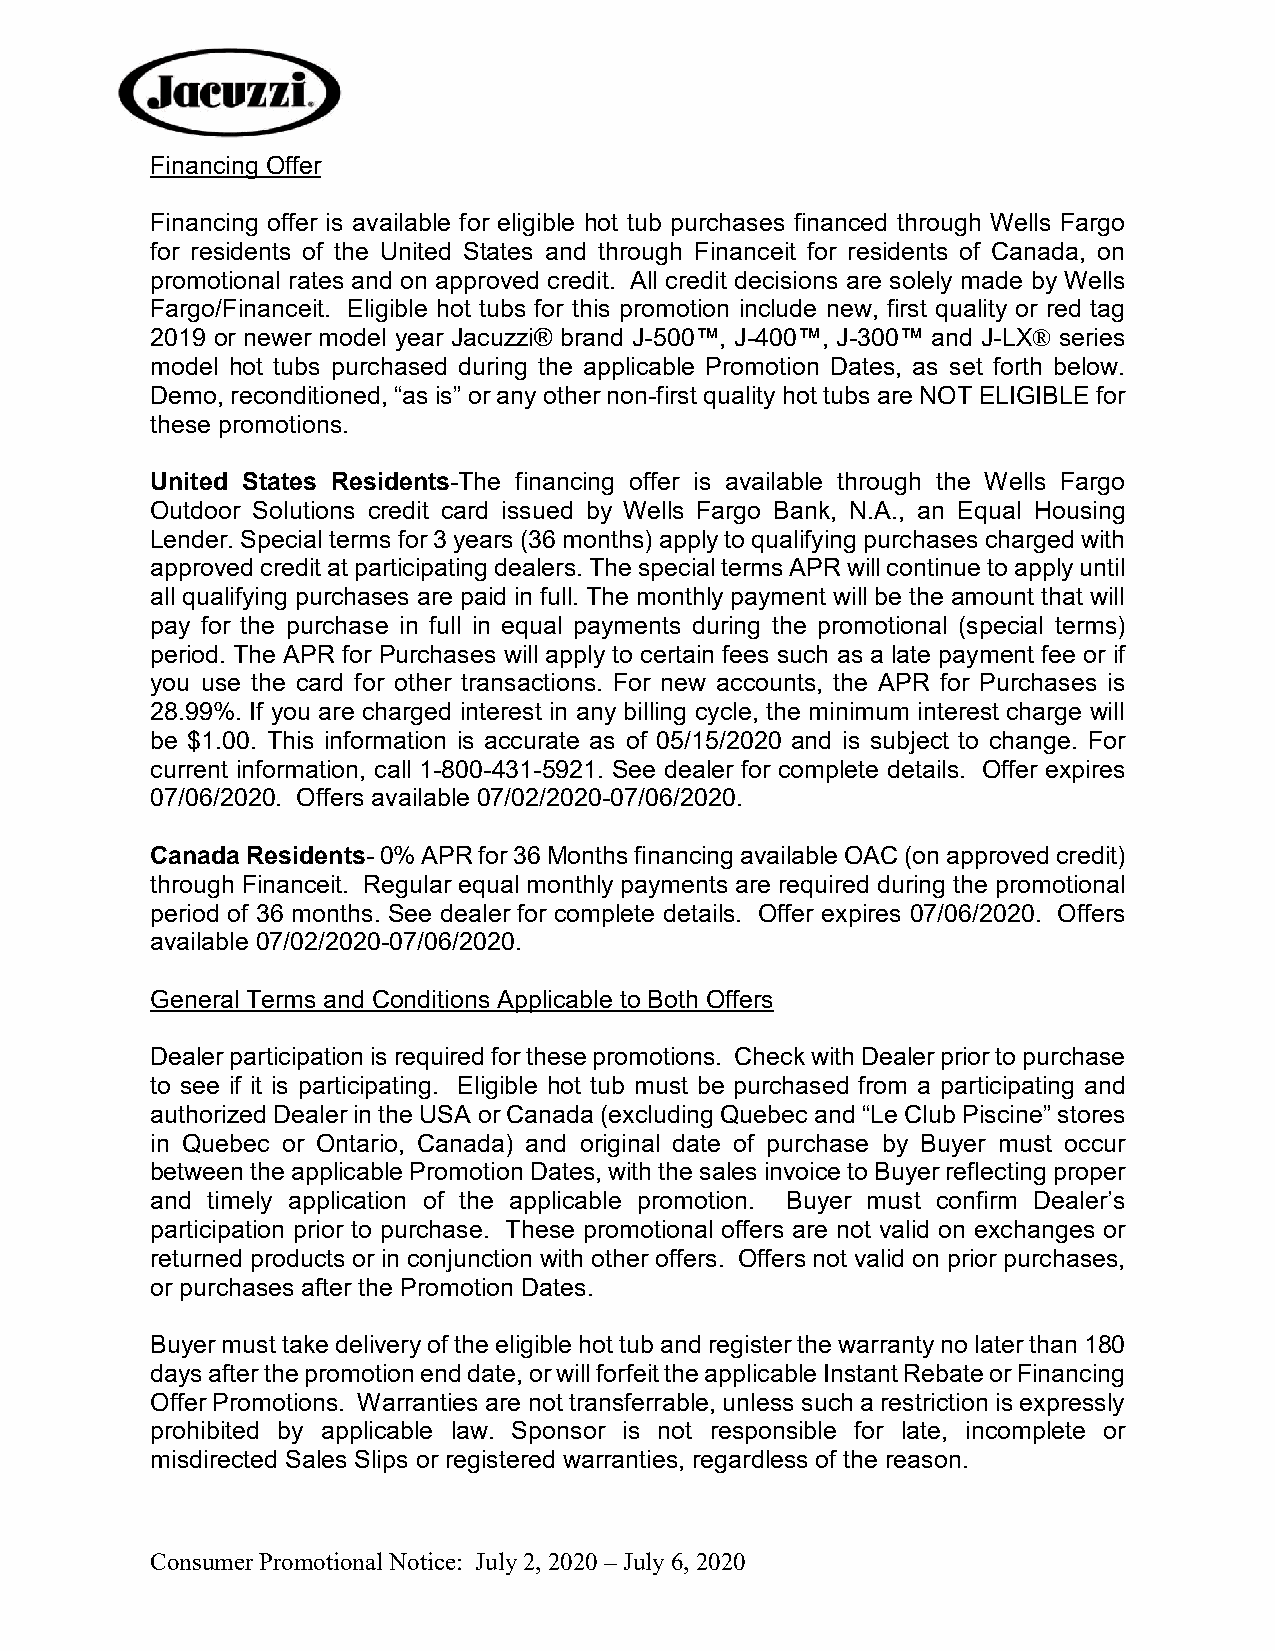
Financing Offer
 Financing offer is available for eligible hot tub purchases financed through Wells Fargo
 for residents of the United States and through Financeit for residents of Canada, on
 promotional rates and on approved credit. All credit decisions are solely made by Wells
 Fargo/Financeit. Eligible hot tubs for this promotion include new, first quality or red tag
 2019 or newer model year Jacuzzi® brand J-500™, J-400™, J-300™ and J-LX® series
 model hot tubs purchased during the applicable Promotion Dates, as set forth below.
 Demo, reconditioned, “as is” or any other non-first quality hot tubs are NOT ELIGIBLE for
 these promotions.
 United States Residents-The financing offer is available through the Wells Fargo
 Outdoor Solutions credit card issued by Wells Fargo Bank, N.A., an Equal Housing
 Lender. Special terms for 3 years (36 months) apply to qualifying purchases charged with
 approved credit at participating dealers. The special terms APR will continue to apply until
 all qualifying purchases are paid in full. The monthly payment will be the amount that will
 pay for the purchase in full in equal payments during the promotional (special terms)
 period. The APR for Purchases will apply to certain fees such as a late payment fee or if
 you use the card for other transactions. For new accounts, the APR for Purchases is
 28.99%. If you are charged interest in any billing cycle, the minimum interest charge will
 be $1.00. This information is accurate as of 05/15/2020 and is subject to change. For
 current information, call 1-800-431-5921. See dealer for complete details. Offer expires
 07/06/2020. Offers available 07/02/2020-07/06/2020.
 Canada Residents- 0% APR for 36 Months financing available OAC (on approved credit)
 through Financeit. Regular equal monthly payments are required during the promotional
 period of 36 months. See dealer for complete details. Offer expires 07/06/2020. Offers
 available 07/02/2020-07/06/2020.
 General Terms and Conditions Applicable to Both Offers
 Dealer participation is required for these promotions. Check with Dealer prior to purchase
 to see if it is participating. Eligible hot tub must be purchased from a participating and
 authorized Dealer in the USA or Canada (excluding Quebec and “Le Club Piscine” stores
 in Quebec or Ontario, Canada) and original date of purchase by Buyer must occur
 between the applicable Promotion Dates, with the sales invoice to Buyer reflecting proper
 and timely application of the applicable promotion. Buyer must confirm Dealer’s
 participation prior to purchase. These promotional offers are not valid on exchanges or
 returned products or in conjunction with other offers. Offers not valid on prior purchases,
 or purchases after the Promotion Dates.
 Buyer must take delivery of the eligible hot tub and register the warranty no later than 180
 days after the promotion end date, or will forfeit the applicable Instant Rebate or Financing
 Offer Promotions. Warranties are not transferrable, unless such a restriction is expressly
 prohibited by applicable law. Sponsor is not responsible for late, incomplete or
 misdirected Sales Slips or registered warranties, regardless of the reason.
 Consumer Promotional Notice: July 2, 2020 – July 6, 2020